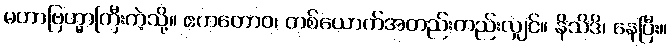
မဟာဗြဟ္မာကြီးကဲ့သို့။ ဧကတောဝ၊ တစ်ယောက်အတည်းတည်းလျှင်။ နိသိဒိ၊ နေပြီး။